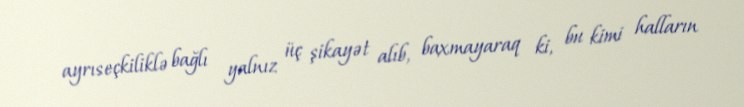
ayrıseçkiliklə bağlı yalnız üç şikayət alıb, baxmayaraq ki, bu kimi halların